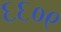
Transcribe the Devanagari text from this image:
६६०९